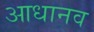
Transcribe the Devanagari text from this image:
आधानव